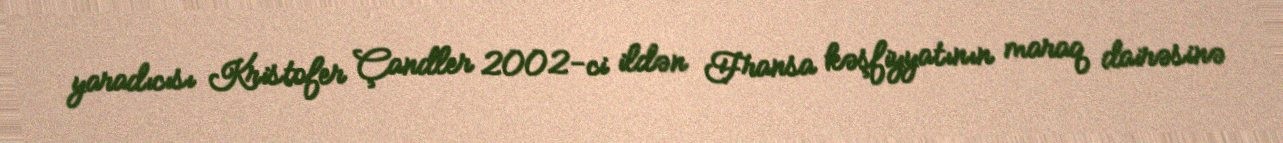
yaradıcısı Kristofer Çandler 2002-ci ildən Fransa kəşfiyyatının maraq dairəsinə